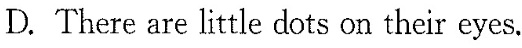
D.There are little dots on their eyes.